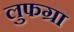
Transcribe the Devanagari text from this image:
लुफग्रा